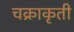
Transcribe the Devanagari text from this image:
चक्राकृती